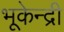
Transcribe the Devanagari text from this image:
भूकेन्द्री